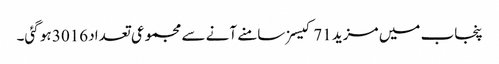
پنجاب میں مزید 71 کیسزسامنے آنے سے مجموعی تعداد 3016 ہو گئی۔